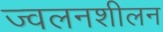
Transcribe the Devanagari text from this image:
ज्वलनशीलन